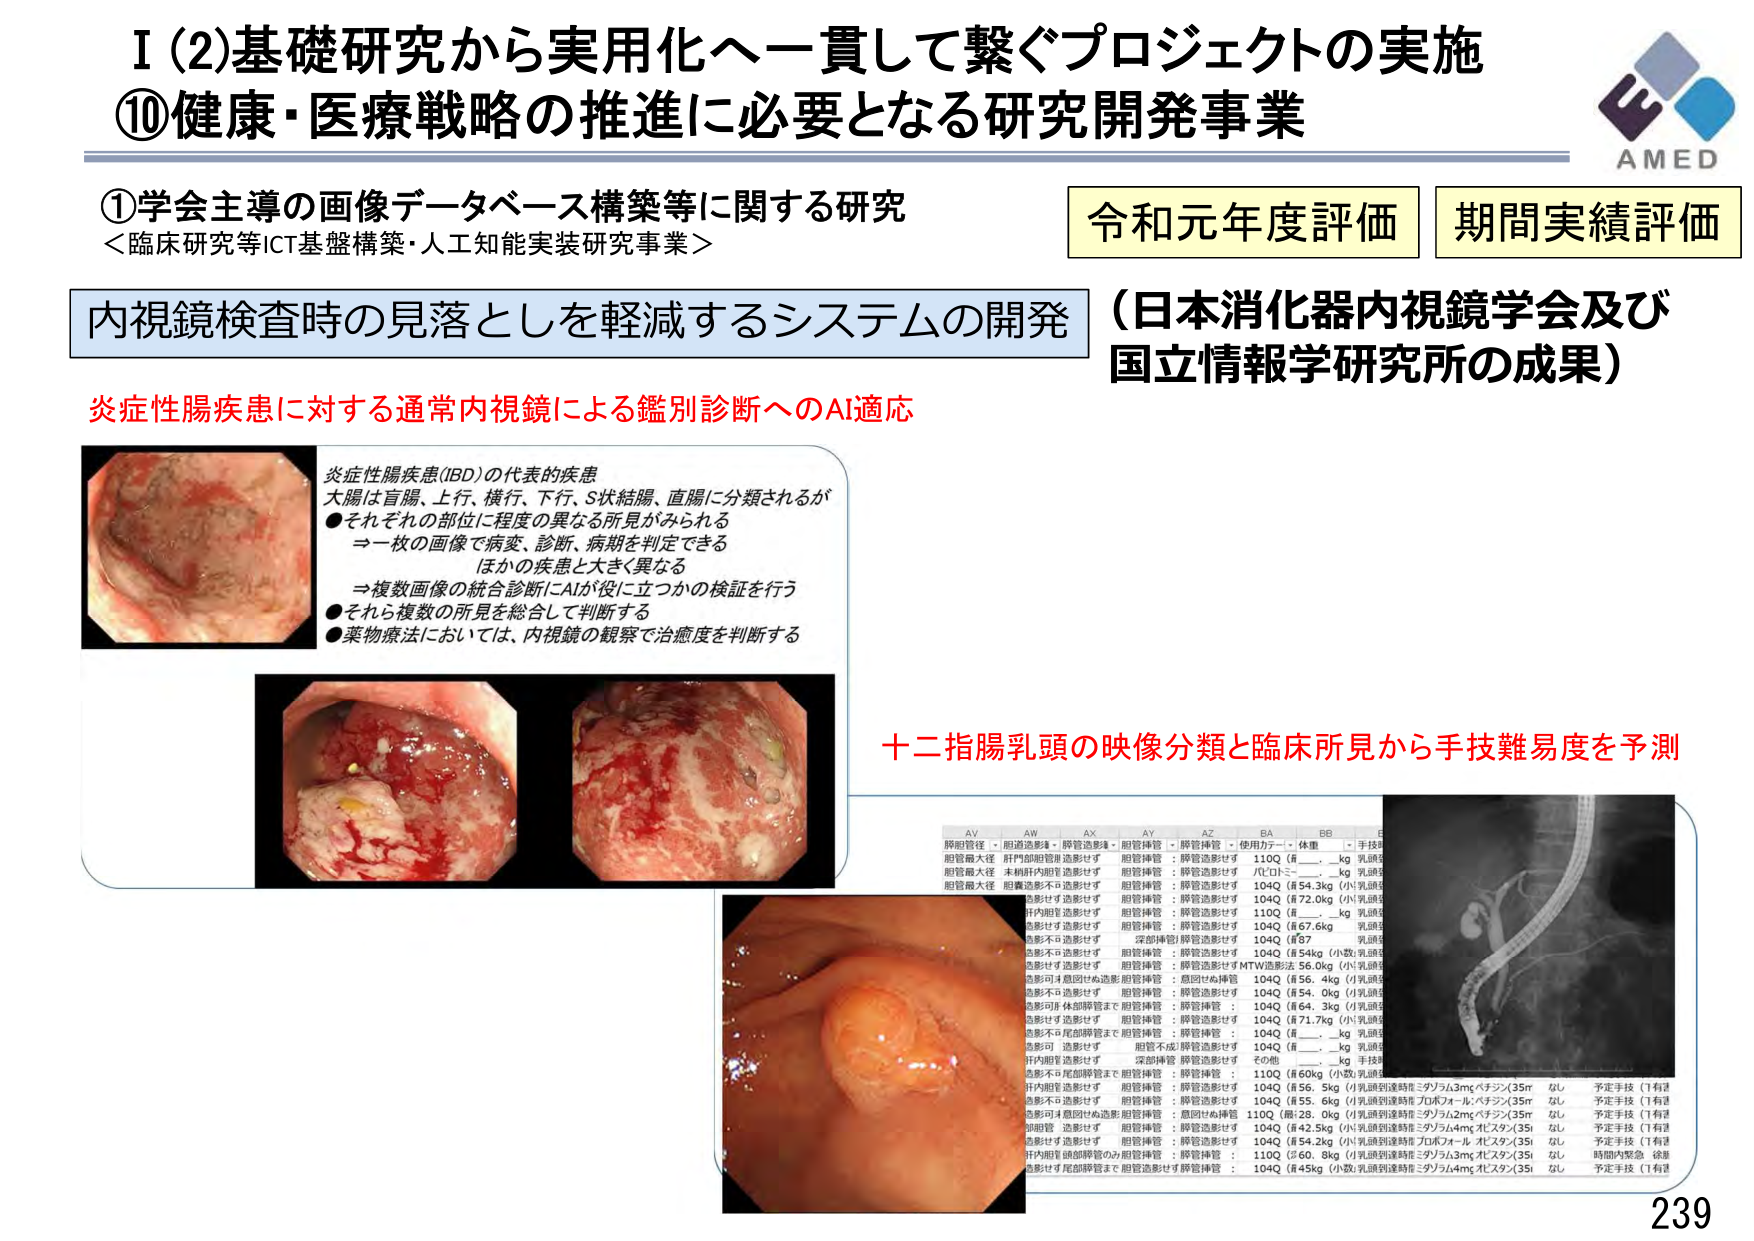
I (2)基礎研究から実用化へ一貫して繋ぐプロジェクトの実施
⑩健康・医療戦略の推進に必要となる研究開発事業

①学会主導の画像データベース構築等に関する研究
＜臨床研究等ICT基盤構築・人工知能実装研究事業＞

内視鏡検査時の見落としを軽減するシステムの開発
（日本消化器内視鏡学会及び国立情報学研究所の成果）

炎症性腸疾患に対する通常内視鏡による鑑別診断へのAI適応

炎症性腸疾患(IBD)の代表的疾患
大腸は盲腸、上行、横行、下行、S状結腸、直腸に分類されるが
●それぞれの部位に程度の異なる所見がみられる
→一枚の画像で病変、診断、病期を判定できる
ほかの疾患と大きく異なる
→複数画像の統合診断にAIが役に立つかの検証を行う
●それら複数の所見を総合して判断する
●薬物療法においては、内視鏡の観察で治癒度を判断する

十二指腸乳頭の映像分類と臨床所見から手技難易度を予測

AV AW AX AY AZ BA BB
脾臓管径・胆道造影・脾管造影・胆管挿管・脾管挿管・使用カテーテル・体重・手技難易度
胆管最大径 肝門部胆管造影せず 胆管挿管：脾管造影せず 110Q（有＿＿kg 乳頭切開）
胆管最大径 本病肝内胆管造影せず 胆管挿管：脾管造影せず バレトミー＿kg 乳頭切開
胆管最大径 胆嚢造影不可造影せず 胆管挿管：脾管造影せず 104Q（＃54.3kg（小）乳頭切開）
造影せず造影せず 胆管挿管：脾管造影せず 104Q（＃72.0kg（小）乳頭切開）
肝内胆管造影せず 胆管挿管：脾管造影せず 110Q（有＿＿kg 乳頭切開）
造影せず造影せず 胆管挿管：脾管造影せず 104Q（＃67.6kg 乳頭切開）
造影不可造影せず 深部挿管/脾管造影せず 104Q（＃67＿kg 乳頭切開）
造影不可造影せず 胆管挿管：脾管造影せず 104Q（＃54kg（小数）乳頭切開）
造影せず造影せず 胆管挿管：脾管造影せず MTW造影法 56.0kg（小）乳頭切開
造影可4意図せぬ造影/胆管挿管：意図せぬ挿管 104Q（＃56.4kg（小）乳頭切開）
造影不可造影せず 胆管挿管：脾管造影せず 104Q（＃54.0kg（小）乳頭切開）
造影可体部脾管まで胆管挿管：脾管挿管： 104Q（＃64.3kg（小）乳頭切開）
造影せず造影せず 胆管挿管：脾管造影せず 104Q（＃71.7kg（小）乳頭切開）
造影不可尾部脾管まで胆管挿管：脾管挿管： 104Q（有＿＿kg 乳頭切開）
造影可 造影せず 胆管不成/脾管造影せず 104Q（有＿＿kg 乳頭切開）
肝内胆管造影せず 深部挿管 脾管造影せず その他＿＿kg 手技難易度
造影不可尾部脾管まで胆管挿管：脾管挿管： 110Q（＃60kg（小数）乳頭切開）
肝内胆管造影せず 胆管挿管：脾管造影せず 104Q（＃56.5kg（小）乳頭到達時能ミダゾラム3mgペチン（35mL）なし 予定手技（1有）
造影不可造影せず 胆管挿管：脾管造影せず 104Q（＃55.6kg（小）乳頭到達時能プロポフォール・ペチン（35mL）なし 予定手技（1有）
造影可意図せぬ造影/胆管挿管：意図せぬ挿管 110Q（無25.0kg（小）乳頭到達時能ミダゾラム2mgペチン（35mL）なし 予定手技（1有）
造影可 造影せず 胆管挿管：脾管造影せず 104Q（＃42.5kg（小）乳頭到達時能ミダゾラム4mgペイスタン（35mL）なし 予定手技（1有）
造影せず造影せず 胆管挿管：脾管造影せず 104Q（＃54.2kg（小）乳頭到達時能プロポフォール・ペイスタン（35mL）なし 予定手技（1有）
肝内胆管頭部脾管のみ胆管挿管：脾管挿管： 110Q（＃60.8kg（小）乳頭到達時能ミダゾラム3mgペイスタン（35mL）なし 時間内緊急 後退）
造影せず尾部脾管まで胆管造影せず脾管挿管： 104Q（＃45kg（小数）乳頭到達時能ミダゾラム4mgペイスタン（35mL）なし 予定手技（1有）

AMED
令和元年度評価 期間実績評価
239